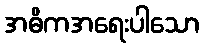
အဓိကအရေးပါသော